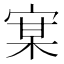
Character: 𰍇